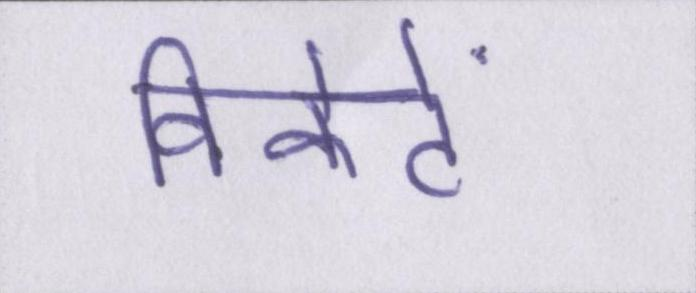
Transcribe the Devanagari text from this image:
विकेटें